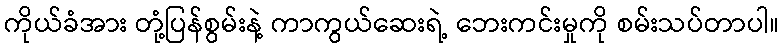
ကိုယ်ခံအား တုံ့ပြန်စွမ်းနဲ့ ကာကွယ်ဆေးရဲ့ ဘေးကင်းမှုကို စမ်းသပ်တာပါ။